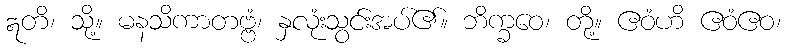
ဣတိ၊ သို့။ မနသိကာတဗ္ဗံ၊ နှလုံးသွင်းအပ်၏။ ဘိက္ခဝေ၊ တို့။ ဧဝံဟိ ဧဝံဧဝ၊